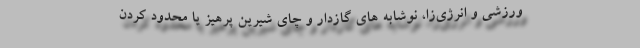
ورزشی و انرژی‌زا، نوشابه های گازدار و چای شیرین پرهیز یا محدود کردن